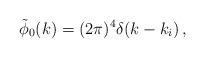
\begin{align*}\tilde{\phi}_0 (k) = (2 \pi )^4 \delta(k - k_i ) \, ,\end{align*}